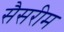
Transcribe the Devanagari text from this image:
सैसरीम